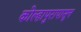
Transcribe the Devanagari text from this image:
कोल्हापुरापासून